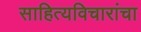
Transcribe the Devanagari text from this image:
साहित्यविचारांचा